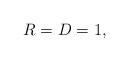
\begin{align*}R = D = 1, \end{align*}